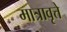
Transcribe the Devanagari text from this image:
मात्रावृत्ते